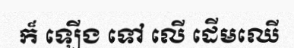
ក៏ ឡើង ទៅ លើ ដើមឈើ